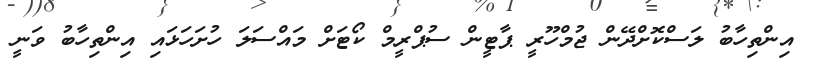
އިންތިހާބު ލަސްކޮށްދޭން ޖުމްހޫރީ ޕާޓީން ސުޕްރީމް ކޯޓަށް މައްސަލަ ހުށަހަޅައި އިންތިހާބު ވަނީ